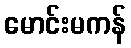
မောင်းမကန်